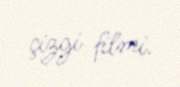
çizgi filmi.